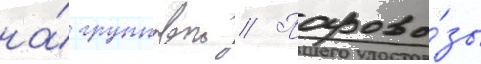
на́ групповои // Парово́зы